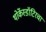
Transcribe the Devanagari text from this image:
थोर्केस्डॉटिरचा